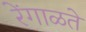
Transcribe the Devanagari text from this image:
रेंगाळते